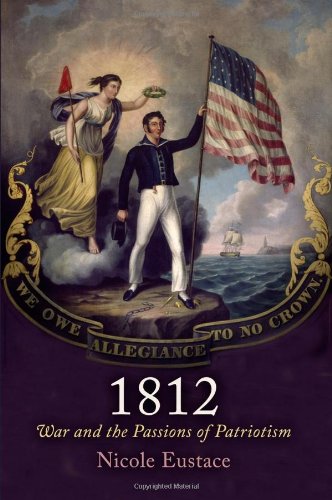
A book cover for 1812: War and the Passions of Patriotism (Early American Studies); Nicole Eustace; History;